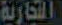
التجارية